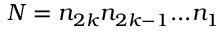
N = { n _ { 2 k } } { n _ { 2 k - 1 } } . . . { n _ { 1 } }